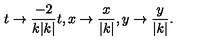
t \to { \frac { - 2 } { k | k | } } t , x \to { \frac { x } { | k | } } , y \to { \frac { y } { | k | } } .